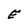
Character: E